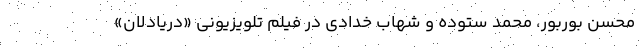
محسن بوربور، محمد ستوده و شهاب خدادی در فیلم تلویزیونی «دریادلان»